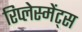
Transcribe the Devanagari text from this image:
रिप्लेस्मेंट्स